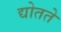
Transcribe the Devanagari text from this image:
द्योतते